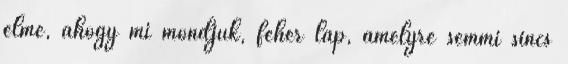
elme, ahogy mi mondjuk, fehér lap, amelyre semmi sincs